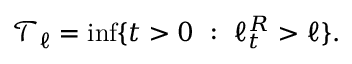
\mathcal { T } _ { \ell } = \operatorname* { i n f } \{ t > 0 ~ : ~ \ell _ { t } ^ { R } > \ell \} .